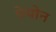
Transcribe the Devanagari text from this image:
पेथोन